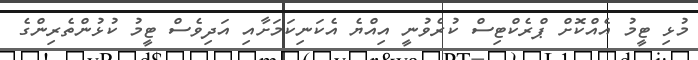
މުޅި ޓީމު އެއްކޮށް ޕްރެކްޓިސް ކުރެވުނީ އިއްޔެ އެކަނިކަމަށާއި އަދިވެސް ޓީމު ކުޅުންތެރިންގެ